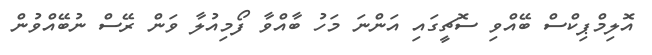
އޮލިމްޕިކްސް ބޭއްވި ސޮޗީގައި އަންނަ މަހު ބާއްވާ ފޯމިއުލާ ވަން ރޭސް ނުބޭއްވުން